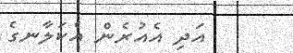
އަދި އެއުރެން އެކަލާނގެ